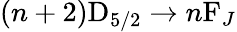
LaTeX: (n+2)\mathrm{D}_{5/2}\to n\mathrm{F}_{J}